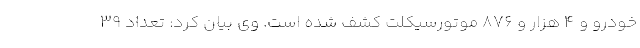
خودرو و ۴ هزار و ۸۷۶ موتورسیکلت کشف شده است. وی بیان کرد: تعداد ۳۹